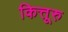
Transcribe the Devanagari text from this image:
कित्तूरु